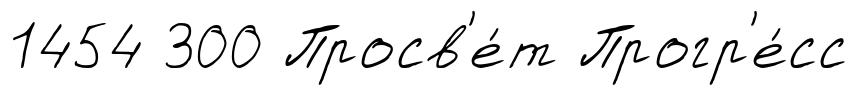
1454 300 Просв'е́т Прогр'е́сс